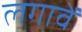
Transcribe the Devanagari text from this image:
लगावें